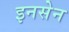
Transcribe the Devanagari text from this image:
इनसेन